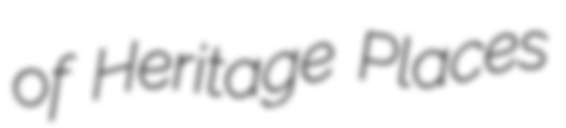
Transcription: of Heritage Places